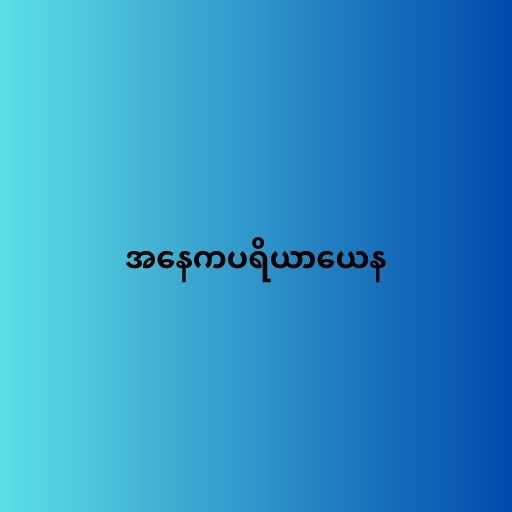
အနေကပရိယာယေန